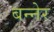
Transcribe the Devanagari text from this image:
बन्नेर